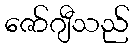
ဇော်ဂျီသည်